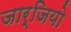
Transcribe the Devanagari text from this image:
जार्जियो